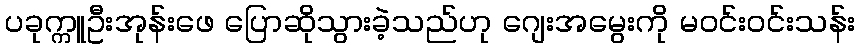
ပခုက္ကူဦးအုန်းဖေ ပြောဆိုသွားခဲ့သည်ဟု ဂျေးအမွေးကို မဝင်းဝင်းသန်း